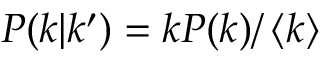
P ( k | k ^ { \prime } ) = k P ( k ) / \left< k \right>